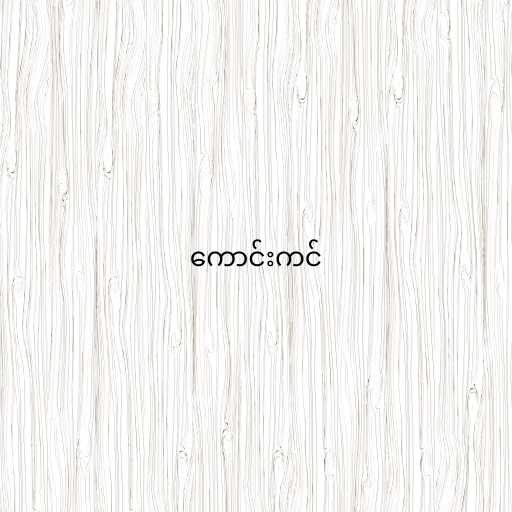
ကောင်းကင်